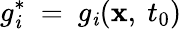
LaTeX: g_{\mathit{i}}^{*}~=~g_{\mathit{i}}(\mathbf{{x}},\ t_{0})